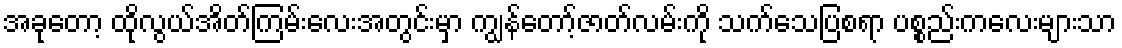
အခုတော့ ထိုလွယ်အိတ်ကြမ်းလေးအတွင်းမှာ ကျွန်တော့်ဇာတ်လမ်းကို သက်သေပြစရာ ပစ္စည်းကလေးများသာ